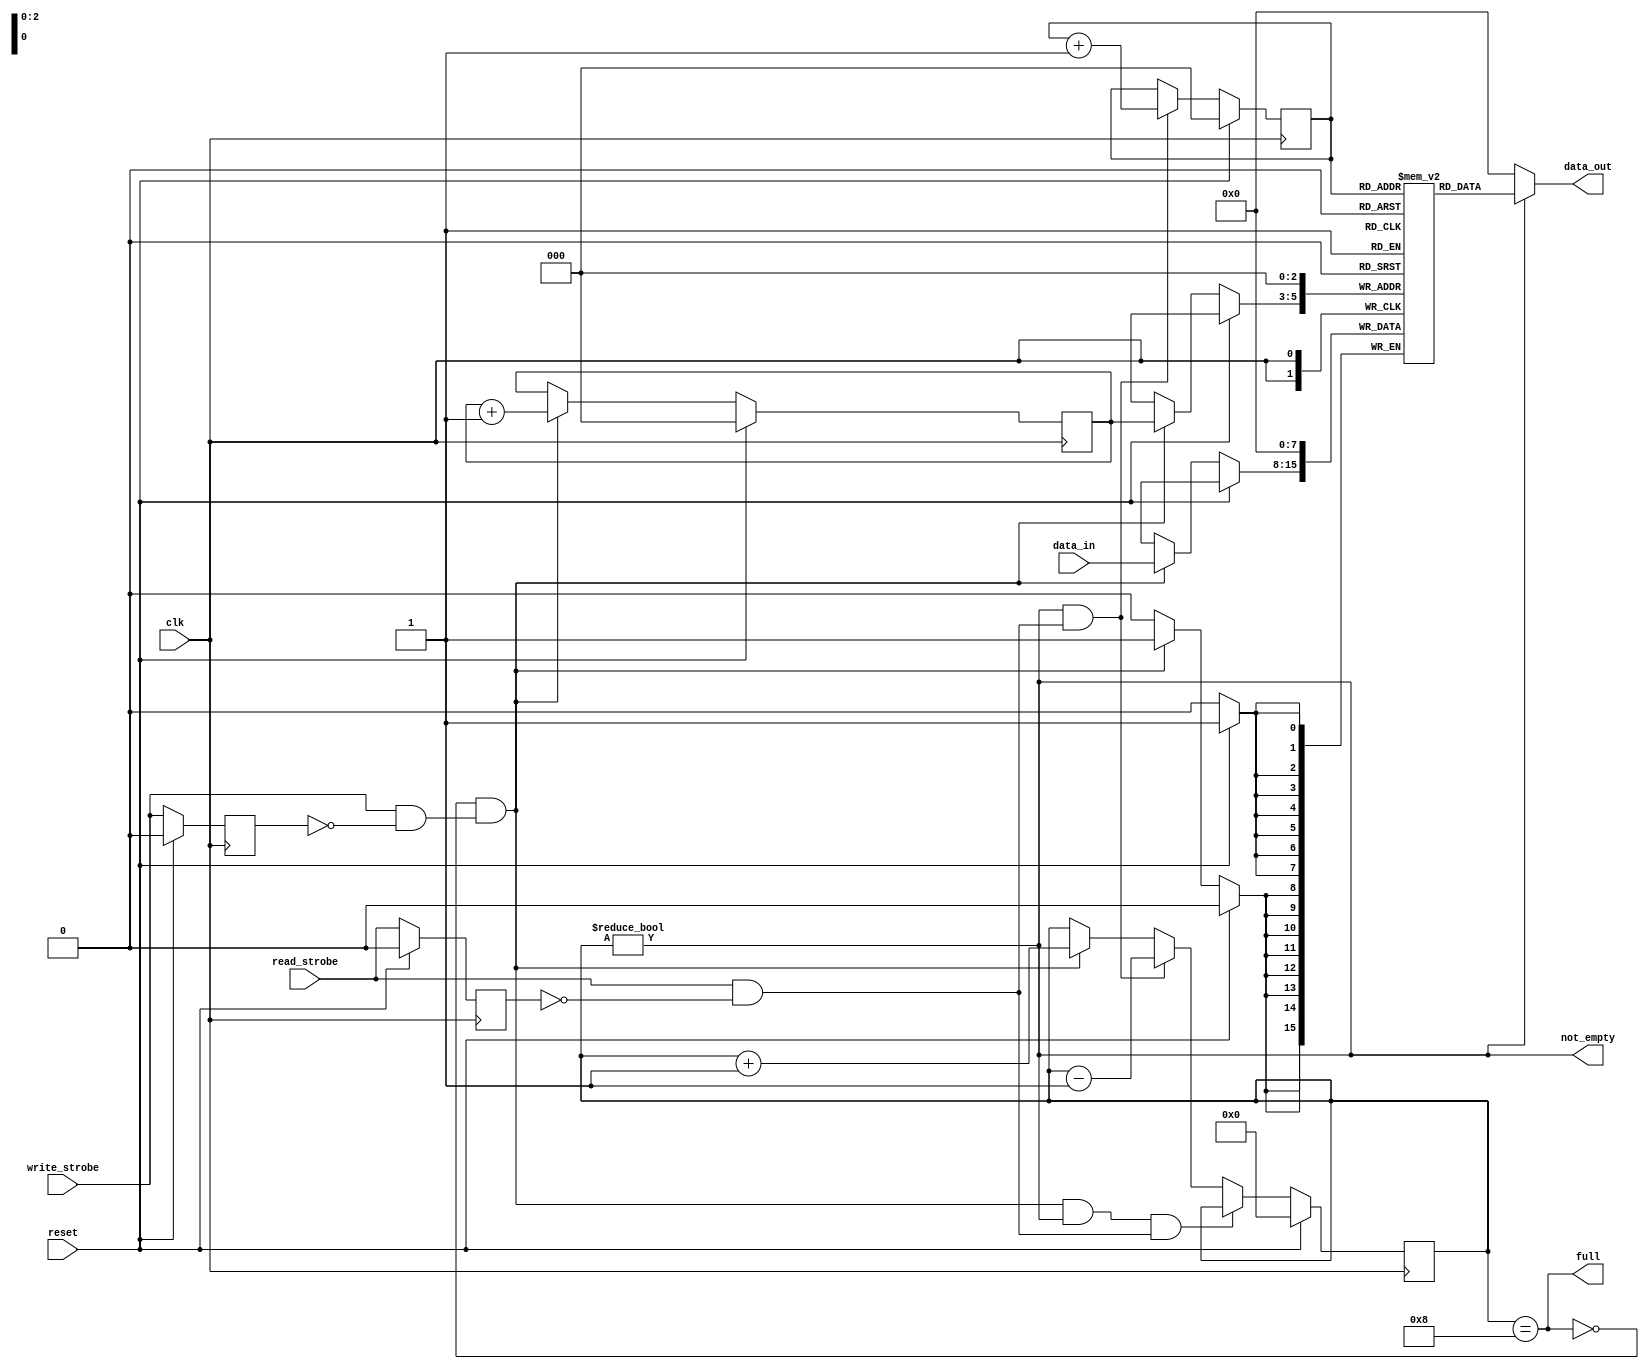
/*
 * Zero 2 ASIC submission, by Jonathan Pallant.
 *
 * Copyright (c) 2021 Jonathan 'theJPster' Pallant
 *
 * Licence: Apache-2.0
 *
 * This is a FIFO register. The contents of the
 * register are always available on `data_out`.
 *
 * * The new contents are stored on the rising edge of `write_strobe`.
 * * The old contents are retrieved on the rising edge of `write_strobe`.
 * * The empty bit indicates when the FIFO is empty.
 * * The full bit indicates when the FIFO is full.
 * * Overflowing the FIFO is undefined behaviour.
 * * The FIFO is emptied on the rising edge of `reset`.
 *
 * Address decoding is handled outside the register.
 *
 * The `clk` input should be a high-speed wishbone clock, and the strobes
 * should be aligned to that clock.
 */

`default_nettype none
`timescale 1ns/1ns
module data_register #(
	// Size of FIFO
	parameter [7:0]  DEPTH_BITS = 8'h03
)(
	input wire clk,
	input wire reset,
	input wire write_strobe,
	input wire read_strobe,
	input wire [7:0] data_in,
	output wire [7:0] data_out,
	output wire not_empty,
	output wire full
	);

	localparam DEPTH = 1 << DEPTH_BITS;

	reg[7:0] contents [DEPTH - 1:0];
	reg [DEPTH_BITS - 1:0] read_ptr;
	reg [DEPTH_BITS - 1:0] write_ptr;
	reg [DEPTH_BITS:0] count;
	reg old_write_strobe;
	reg old_read_strobe;

	wire write_cycle;
	wire read_cycle;

	assign write_cycle = write_strobe && ~old_write_strobe;
	assign read_cycle = read_strobe && ~old_read_strobe;

	always @(posedge clk) begin
		if (reset) begin
			// Reset signal is active, so reset all state
			read_ptr <= 0;
			write_ptr <= 0;
			contents[0] <= 0;
			old_write_strobe <= 0;
			old_read_strobe <= 0;
			count <= 0;
		end else begin
			// Handle write
			if (!full && write_cycle) begin
				contents[write_ptr] <= data_in;
				write_ptr <= write_ptr + 1;
			end
			// Handle read
			if (not_empty && read_cycle) begin
				read_ptr <= read_ptr + 1;
			end
			// Update counter
			if (!full && write_cycle && not_empty && read_cycle) begin
				// No change
				count <= count;
			end else if (not_empty && read_cycle) begin
				count <= count - 1;
			end else if (!full && write_cycle) begin
				count <= count + 1;
			end

			old_read_strobe <= read_strobe;
			old_write_strobe <= write_strobe;
		end
	end

	assign not_empty = count != 0;
	assign full = count == DEPTH;
	assign data_out = not_empty ? contents[read_ptr] : 8'h00;

endmodule
`default_nettype wire